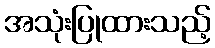
အသုံးပြုထားသည့်